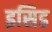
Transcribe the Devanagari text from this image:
इसिड